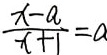
\frac { x - a } { x + 1 } = a